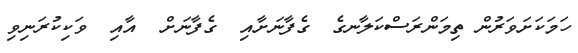
ހަމަކަށަވަރުން ތިމަންރަސްކަލާނގެ  ގެފާނަށާއި  ގެފާނަށް  އާއި  ވަކިކުރަނިވި